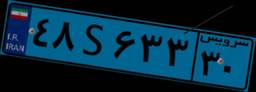
۴۲S۰۶۷۵۲